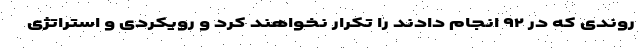
روندی که در ۹۲ انجام دادند را تکرار نخواهند کرد و رویکردی و استراتژی